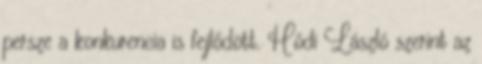
persze a konkurencia is fejlődött. Hódi László szerint az